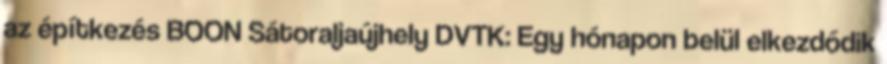
az építkezés BOON Sátoraljaújhely DVTK: Egy hónapon belül elkezdődik